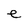
Character: e